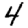
Digit: 4